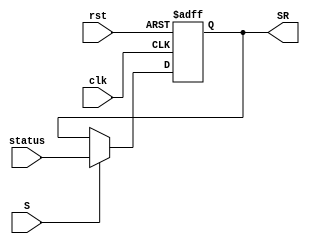
module Status_Register (status, S, clk, rst, SR);
  
  input [3:0] status;
  input S, clk, rst;
  output reg [3:0] SR;
  
  always @(negedge clk, posedge rst) begin
    if (rst) SR <= 4'h0;
    else if(S) SR <= status;
  end
  
endmodule